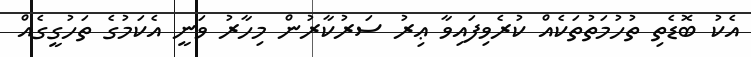
އެކު ބޮޑެތި ތުހުމަތުތަކެއް ކުރެވިފައިވާ ޢިރު ސަރުކާރުން މިހާރު ވަނީ އެކަމުގެ ތަހުގީގެއް